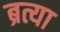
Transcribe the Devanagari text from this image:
ब्रत्या